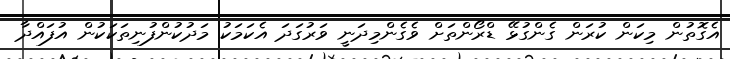
އެގޮތުން މިކަން ކުރަން ގެންގުޅޭ ޑްރޯންތަށް ވެގެންމިދަނީ ވަރުގަދަ އެކަމަކު މަދުކުންފުނިތަކަކުން އުފައްދާ